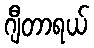
ဂျီတာရယ်